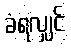
ခံရလျှင်